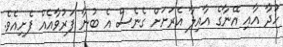
ހުދާ އާއި އޭނާގެ އާއިލާ އެރަށަށް ގެނެސް އެ ބުނާ ފަރުވާއެއް ފެށިއެވެ.